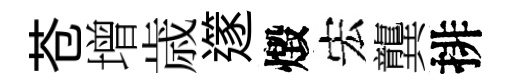
苍增歳𨗹燬宏龔排